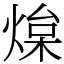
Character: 㷘